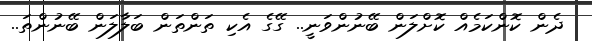
ދެން ކޮންކަމެއް ކޮށްލަން ބޭނުންވަނީ.. ގޭގެ އެކި ތަންތަން ބަލާލަން ބޭނުންތަ..